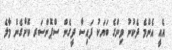
އެއީ އެންމެ ދެކުނު ވިންގެ ބަޔަކު ފައިސާ ދީގެން ސްޕޮންސަރ ކޮށްގެން މާލެ